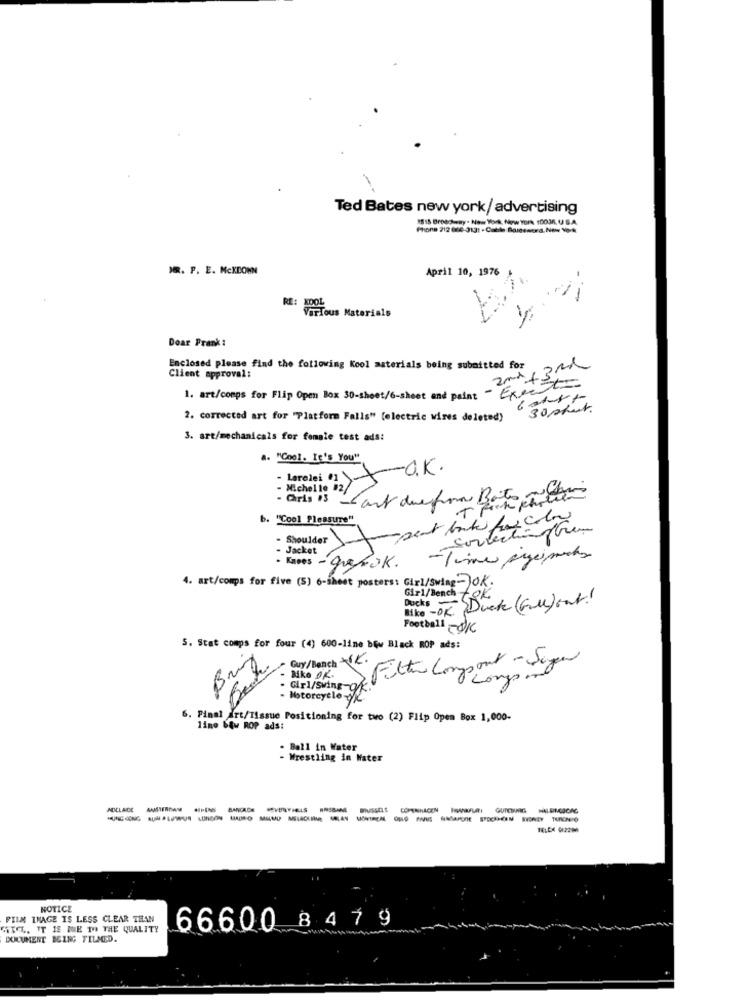
Ted Bates new york/ advertising
1515 Broedhegy - New York, New YORK 10036. U.S.A.
Phone 212 000-3131 - Cable Bareword. Now Vo-k
MR. P. E. MCKDOWN
April 10, 1976
-.-
RE: Nous Materials
Doar Prank :
Enclosed please find the following Kool materials being submitted for
2nd /3Rd
Client approval:
1. art/comps for Flip Open Box 30-sheet/6-sheet and paint - Exacto
6 30 shut.
2. corrected art for "Platform Falls" [electric wires deleted)
3. art/mechanicals for female test ads:
A. "Cool. It's You"
· Larelei 01O.K.
- Michelle 82/
· Orts is -Cant due form Bato och
b. "Cool Pleasure"
sortechanges
- Shoulder
- Jacket
1
· Knows - graf ok. - Time sigermots
4. art/comps for five (5) 6-sheet posters: Girl/Swing-Jok.
Girl/Bench tok
Ducks Duck (Ge) ont!
Bike - OK
Football -OK
5. Stat comps for four (4) 600-line bow Black ROP ads:
Bring
Guy/Bench -SK.
Filter Compont- Super
Bike OK.
Lors ind
Girl/Sving-
Motorcycle-
6. Pinat
1 art/Tissue Positioning for two (2) Flip Open Box 1,000-
line btw ROP ads:
Ball in Water
Wrestling in Water
ADELAIDE
-----------------
TELEX 012290
NOTICE
FILM INAGE IS LESS CLEAR THAN
HICE. IT IS ME TO THE QUALITY
66600 8479
DOCUMENT BEING FILMED.